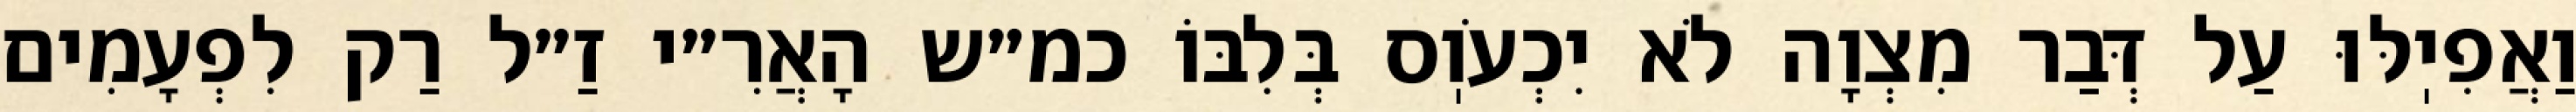
וַאֲפִיֽלּוּ עַל דְּבַר מִצְוָה לֹא יִכְעֹוֽס בְּלִבּוֹ כמ״ש הָאֲרִ״י זַ״ל רַק לִפְעָמִים